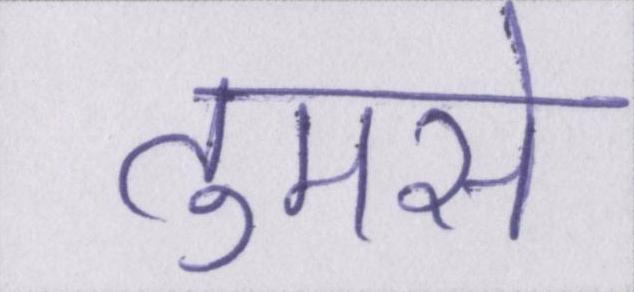
तुमसे